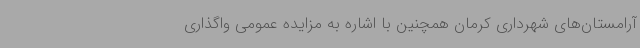
آرامستان‌های شهرداری کرمان همچنین با اشاره به مزایده عمومی واگذاری